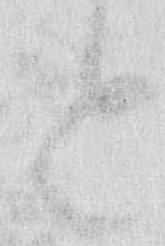
と